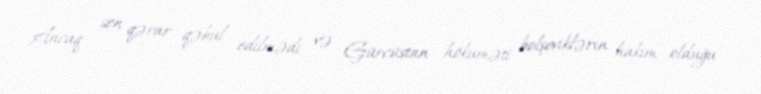
Ancaq son qərar qəbul edilmədi və Gürcüstan hökuməti bolşeviklərin hakim olduğu